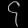
Digit: ၄